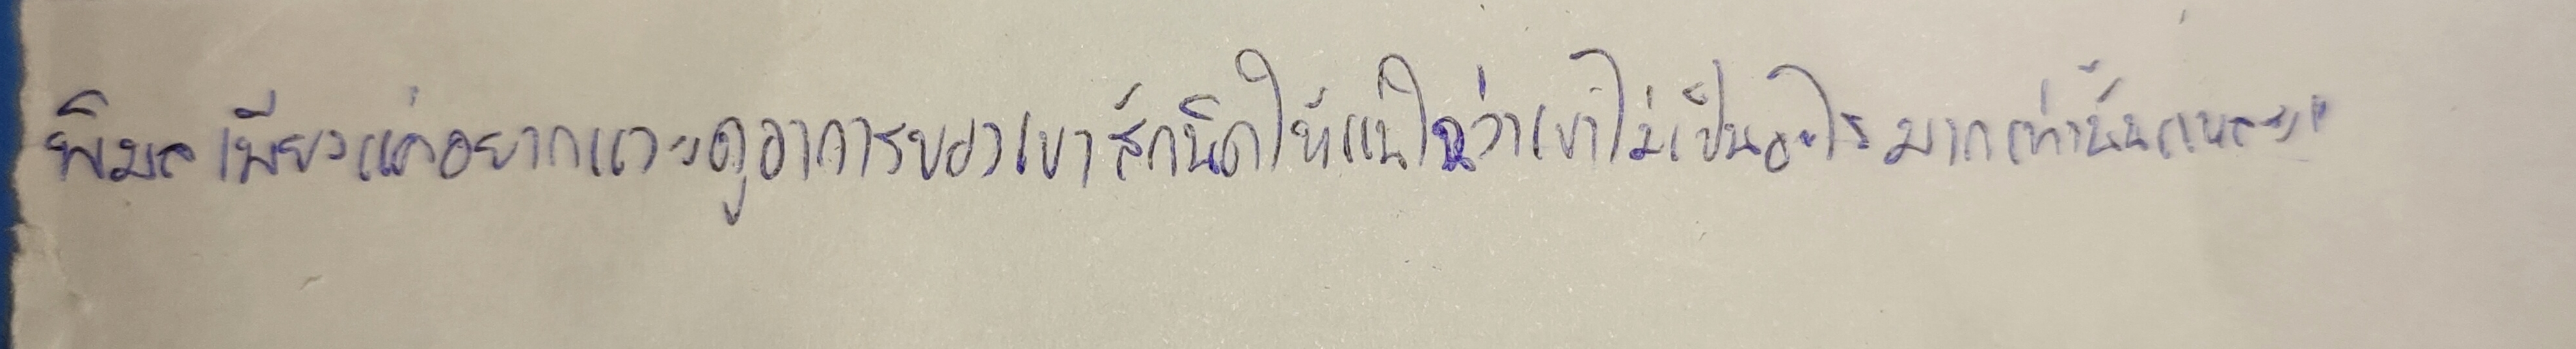
พิมลเพียงแค่อยากแวะดูอาการของเขาสักนิดให้แน่ใจว่าเขาไม่เป็นอะไรมากเท่านั้นแหละ"